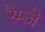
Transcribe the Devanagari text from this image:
रैम्ज़े